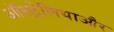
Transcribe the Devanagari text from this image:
ऑस्ट्रेलियाऔर